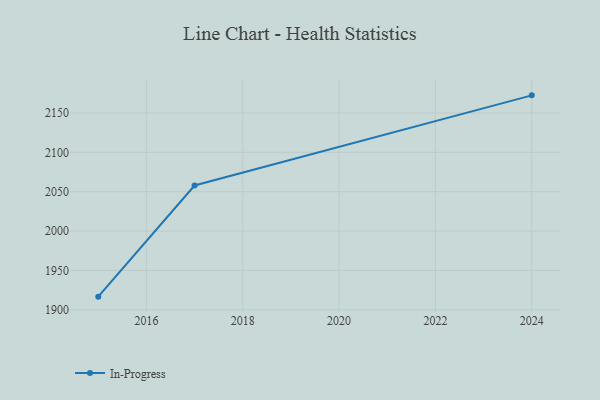
{"axis": {"x": "Year", "y": "Waste Production (Tons)"}, "legend": ["In-Progress"], "data": [{"x": "2024", "y": 2172.4, "type": "In-Progress"}, {"x": "2017", "y": 2057.9, "type": "In-Progress"}, {"x": "2015", "y": 1916.7, "type": "In-Progress"}]}